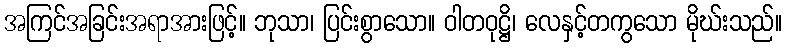
အကြင်အခြင်းအရာအားဖြင့်။ ဘုသာ၊ ပြင်းစွာသော။ ဝါတဝုဋ္ဌိ၊ လေနှင့်တကွသော မိုဃ်းသည်။